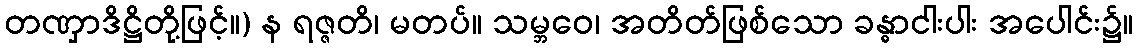
တဏှာဒိဋ္ဌိတို့ဖြင့်။) န ရဇ္ဇတိ၊ မတပ်။ သမ္ဘဝေ၊ အတိတ်ဖြစ်သော ခန္ဓာငါးပါး အပေါင်း၌။